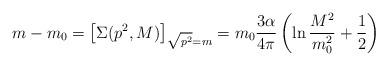
LaTeX: \begin{align*}m-m_0 = \left[ \Sigma(p^2,M) \right]_{\sqrt{p^2}=m} = m_0 \frac{3\alpha}{4\pi}\left( \ln \frac{M^2}{m_0^2} + \frac{1}{2}\right)\end{align*}